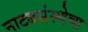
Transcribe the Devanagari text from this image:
नाट्यसंस्थेचा